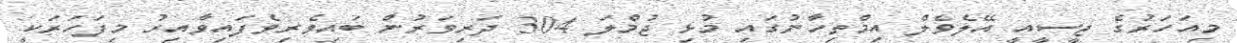
މިއަހަރުގެ ޖީސީއީ އޭލެވެލް އިމްތިހާނުގައި މުޅި ޖުމްލަ 304 ދަރިވަރުން ބައިވެރިވެފައިވާއިރު މިފަހަރަކީ